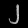
Digit: ၂